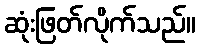
ဆုံးဖြတ်လိုက်သည်။